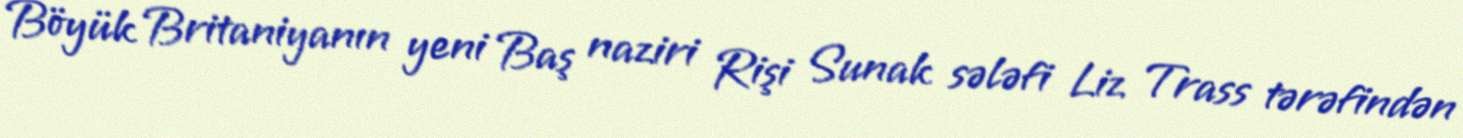
Böyük Britaniyanın yeni Baş naziri Rişi Sunak sələfi Liz Trass tərəfindən